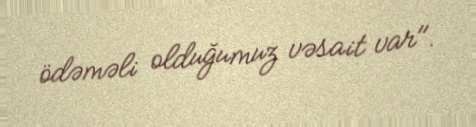
ödəməli olduğumuz vəsait var".